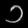
Digit: ၁